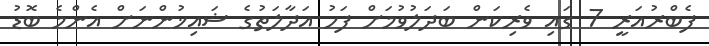
ފެބްރުއަރީ 7 ގައި ވެރިކަން ބަދަލުވުމަށް ފަހު އަދާލަތުގެ ޝައިޚުންނަށް އެންމެ ބޮޑު